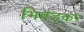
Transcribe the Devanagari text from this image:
भिवंडकर